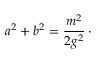
a ^ { 2 } + b ^ { 2 } = { \frac { m ^ { 2 } } { 2 g ^ { 2 } } } \, \cdotp